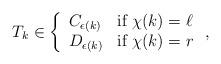
LaTeX: \begin{align*}T_k \in \left\{\begin{array}{ll}C_{\epsilon(k)} & \mbox{if } \chi(k) = \ell \\D_{\epsilon(k)} & \mbox{if } \chi(k) = r\end{array} \right.,\end{align*}